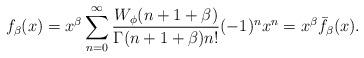
LaTeX: \begin{align*} f_{\beta}(x) = x^{\beta} \sum_{n=0}^{\infty} \frac{W_{\phi}(n+1+\beta)}{\Gamma(n+1+\beta) n!}(-1)^nx^n=x^\beta\bar{f}_{\beta}(x). \end{align*}